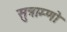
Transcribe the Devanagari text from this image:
सुत्राम्णो